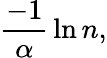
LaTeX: {\frac{-1}{\alpha}}\ln n,